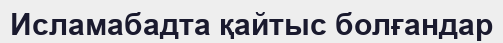
Исламабадта қайтыс болғандар